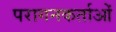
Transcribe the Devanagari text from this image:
परागनकर्ताओं